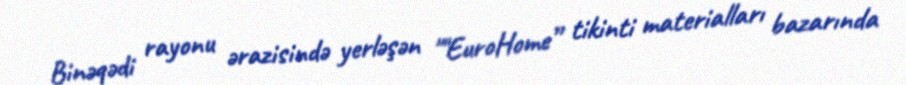
Binəqədi rayonu ərazisində yerləşən ""EuroHome” tikinti materialları bazarında